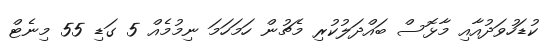
ކުޑަހުވަދުއާއި މާޅޮސް ބައްދަލުކުރި މެޗުން ހަމަހަމަ ނިމުމެއް 5 ގަޑި 55 މިނެޓް